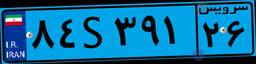
۸۴S۳۹۱۲۶